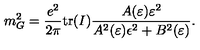
m _ { G } ^ { 2 } = \frac { e ^ { 2 } } { 2 \pi } \mathrm { t r } ( I ) \frac { A ( \varepsilon ) \varepsilon ^ { 2 } } { A ^ { 2 } ( \varepsilon ) \epsilon ^ { 2 } + B ^ { 2 } ( \varepsilon ) } .